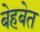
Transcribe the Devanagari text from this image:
बेहबेत